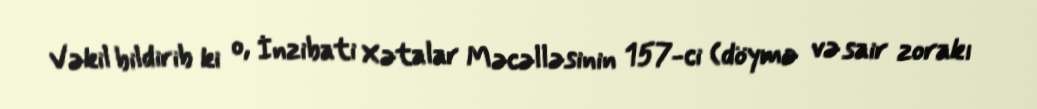
Vəkil bildirib ki o, İnzibati Xətalar Məcəlləsinin 157-ci (döymə və sair zorakı